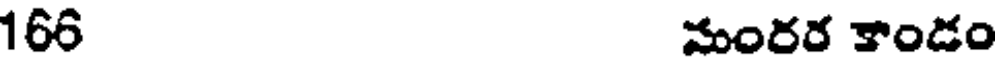
166 మంరర కాండం